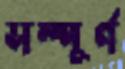
সম্পূর্ণ